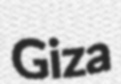
Giza